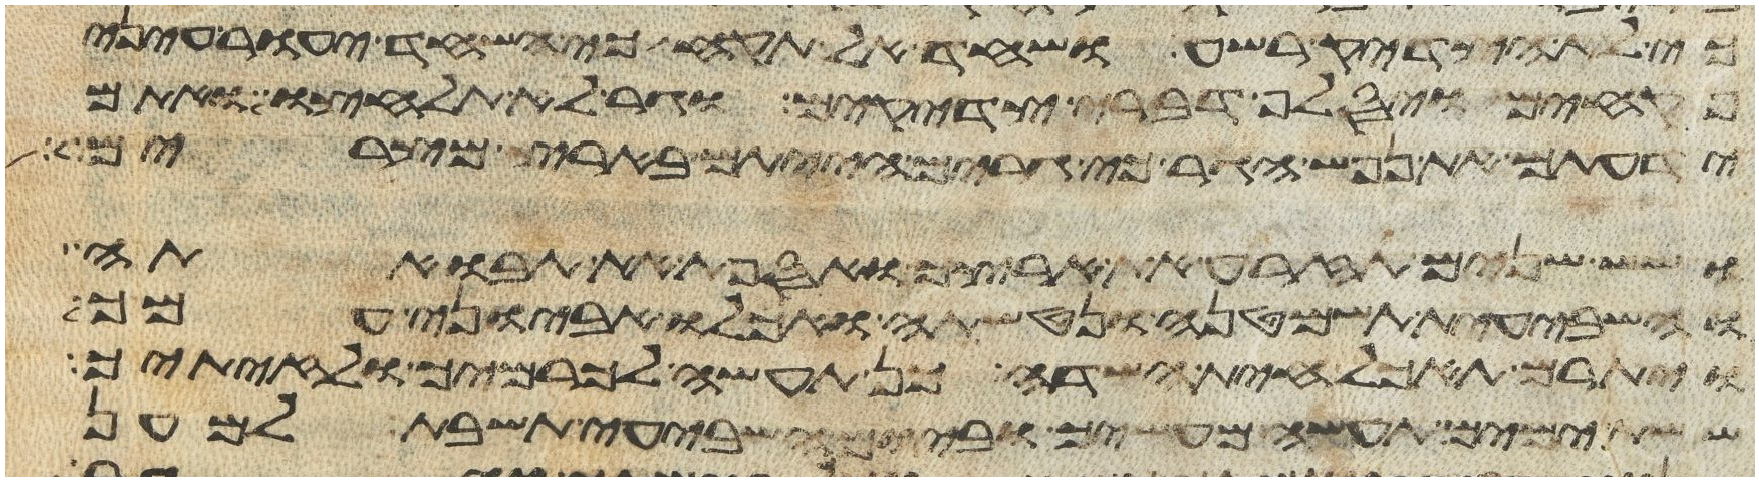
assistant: כי לא הצדיק רשע ושחד אל תקח כי השחד יעור עיני
פקחים ויסלף דברי צדקים וגר לא תלחצו ואתם
ידעתם את נפש הגר כי גרים הייתם בארץ מצרים
ושש שנים תזרע את ארצך ואספת את תבואתה
והשביעית תשמטנה ונטשתה ואכלו אביוני עמך
ויתרם תאכל חית השדה כן תעשה לכרמך ולזיתיך
ששת ימים תעשה מעשיך וביום השביעי תשבת למען